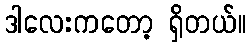
ဒါလေးကတော့ ရှိတယ်။